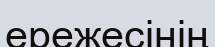
ережесінің